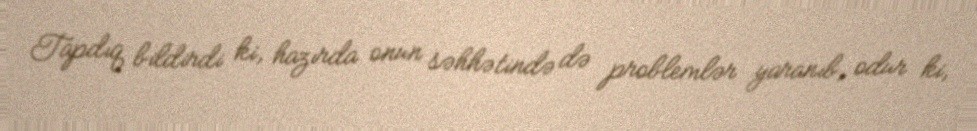
Tapdıq bildirdi ki, hazırda onun səhhətində də problemlər yaranıb, odur ki,